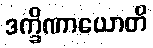
ဒက္ခိဏာယောတိ